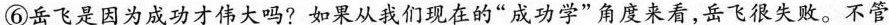
⑥岳飞是因为成功才伟大吗?如果从我们现在的”成功学”角度来看，岳飞很失败。不管